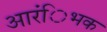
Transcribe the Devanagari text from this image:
आरंिभक